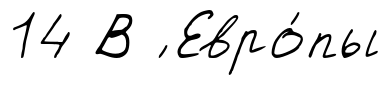
14 В ́ Евро́пы